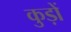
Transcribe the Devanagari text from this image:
कुड़ों